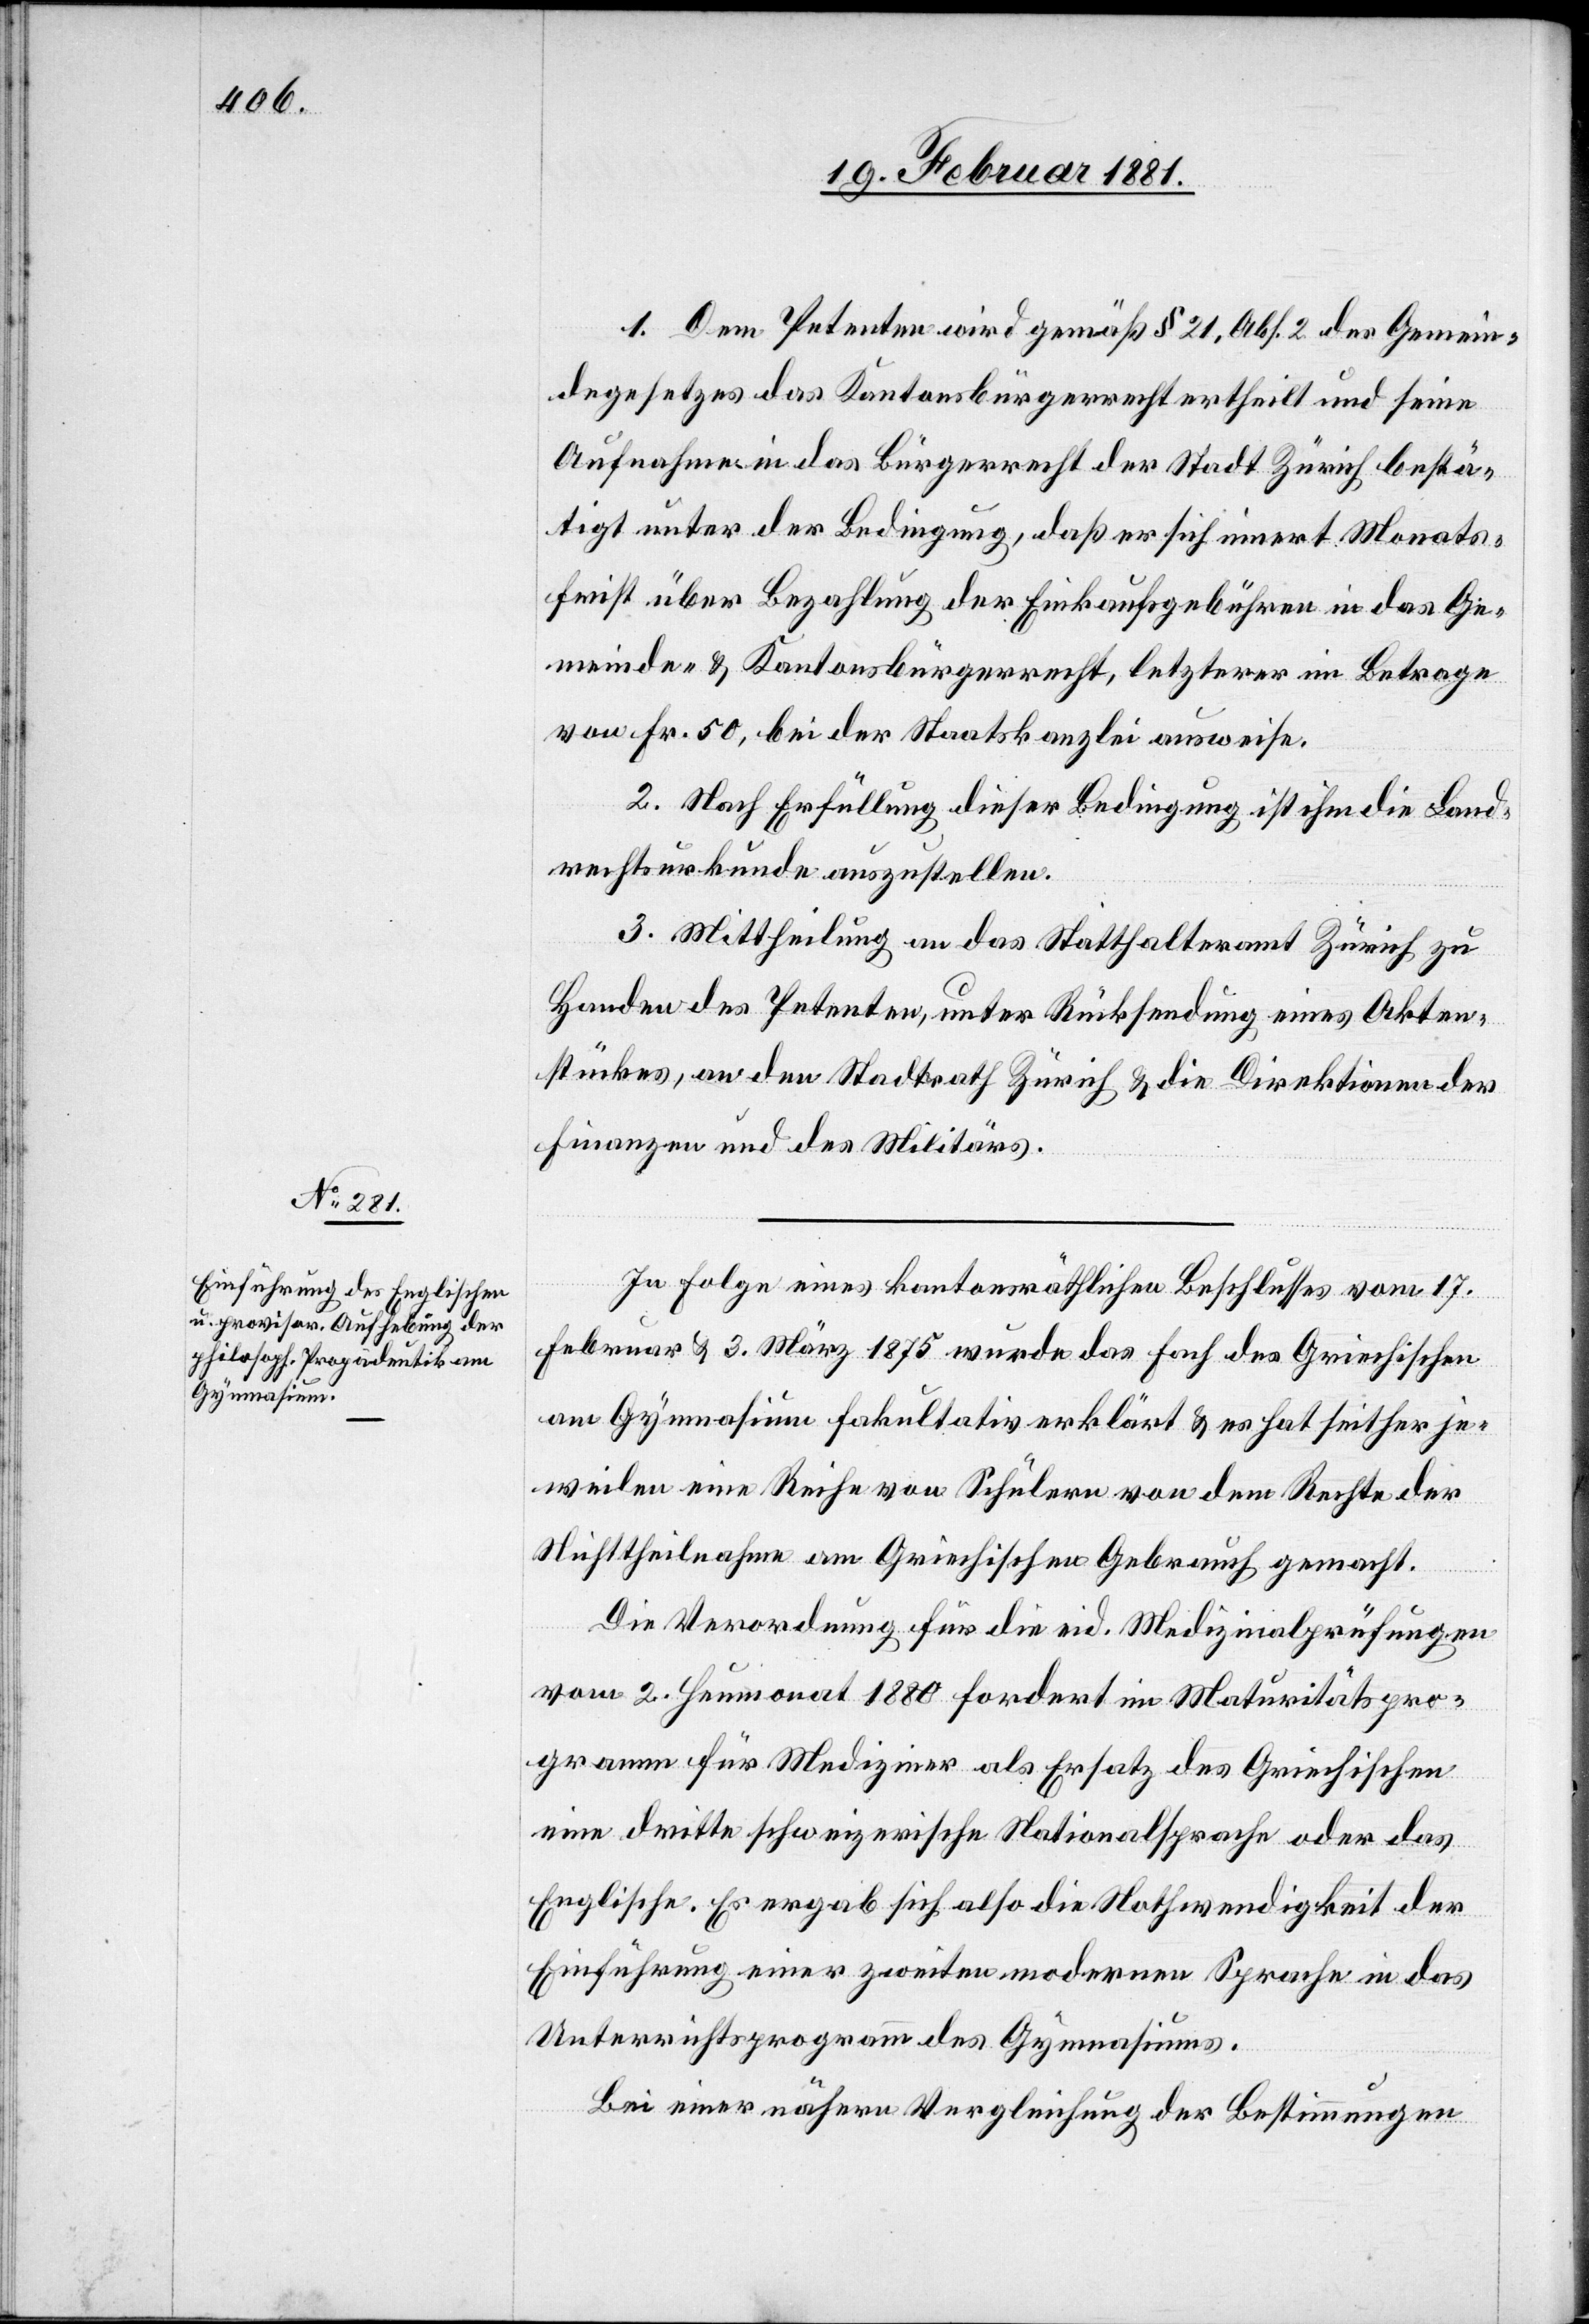
1. Dem Petenten wird gemäß § 21, Abs. 2 des Gemein¬
degesetzes das Kantonsbürgerrecht ertheilt und seine
Aufnahme in das Bürgerrecht der Stadt Zürich bestä¬
tigt unter der Bedingung, daß er sich innert Monats¬
frist über Bezahlung der Einkaufsgebühren in das Ge¬
meinde- & Kantonsbürgerrecht, letzterer im Betrage
von Fr. 50, bei der Staatskanzlei ausweise.
2. Nach Erfüllung dieser Bedingung ist ihm die Land¬
rechtsurkunde auszustellen.
3. Mittheilung an das Statthalteramt Zürich zu
Handen des Petenten, unter Rücksendung eines Akten¬
stückes, an den Stadtrath Zürich & die Direktionen der
Finanzen und des Militärs.
In Folge eines kantonsräthlichen Beschlusses vom 17.
Februar & 3. März 1875 wurde das Fach des Griechischen
am Gymnasium fakultativ erklärt & es hat seither je¬
weilen eine Reihe von Schülern von dem Rechte der
Nichttheilnahme am Griechischen Gebrauch gemacht.
Die Verordnung für die eid. Medizinalprüfungen
vom 2. Heumonat 1880 fordert im Maturitätspro¬
gramm für Mediziner als Ersatz des Griechischen
eine dritte schweizerische Nationalsprache oder das
Englische. Es ergab sich also die Nothwendigkeit der
Einführung einer zweiten modernen Sprache in das
Unterrichtprogramm des Gymnasiums.
Bei einer nähern Vergleichung der Bestimmungen